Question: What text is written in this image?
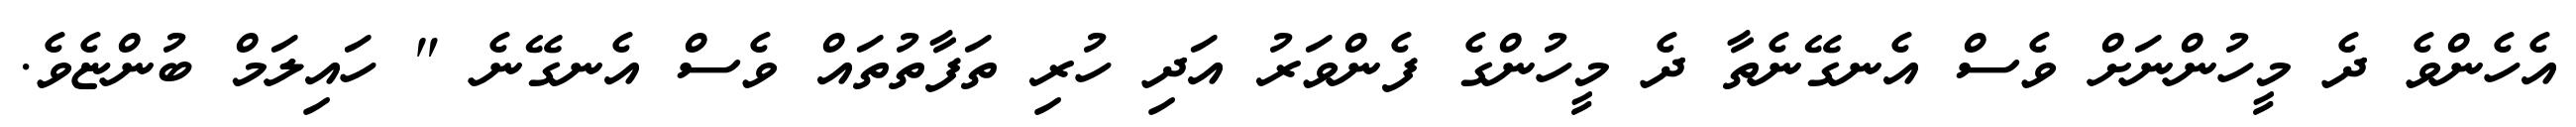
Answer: އެހެންވެ ދެ މީހުންނަށް ވެސް އެނގޭނެތާ ދެ މީހުންގެ ފެންވަރު އަދި ހުރި ތަފާތުތައް ވެސް އެނގޭނެ " ހައިލަމް ބުންޏެވެ.